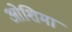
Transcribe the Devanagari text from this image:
ओशिमा